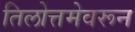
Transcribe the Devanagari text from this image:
तिलोत्तमेवरून